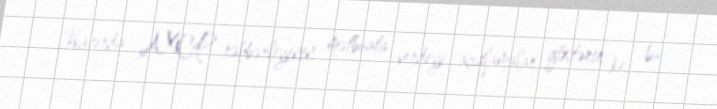
Hazırda AXCP rəhbərliyinin mətbuata verdiyi açıqlamalar göstərir ki, bu